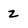
Character: z